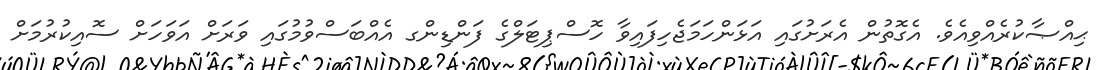
ޙިއްޞާކުރެއްވިއެވެ. އެގޮތުން އެރަށުގައި އަޅަންހަމަޖެހިފައިވާ ހޮސްޕިޓަލްގެ ފަންޑިންގ އެއްބަސްވުމުގައި ވަރަށް އަވަހަށް ސޮއިކުރުމަށް